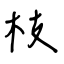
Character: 枝